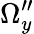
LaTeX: \Omega_{y}^{\prime\prime}